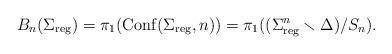
LaTeX: \begin{align*}B_n(\Sigma_{\rm reg}) = \pi_1({\rm Conf}(\Sigma_{\rm reg}, n)) =\pi_1 ((\Sigma^n_{\rm reg}\smallsetminus \Delta)/S_n).\end{align*}